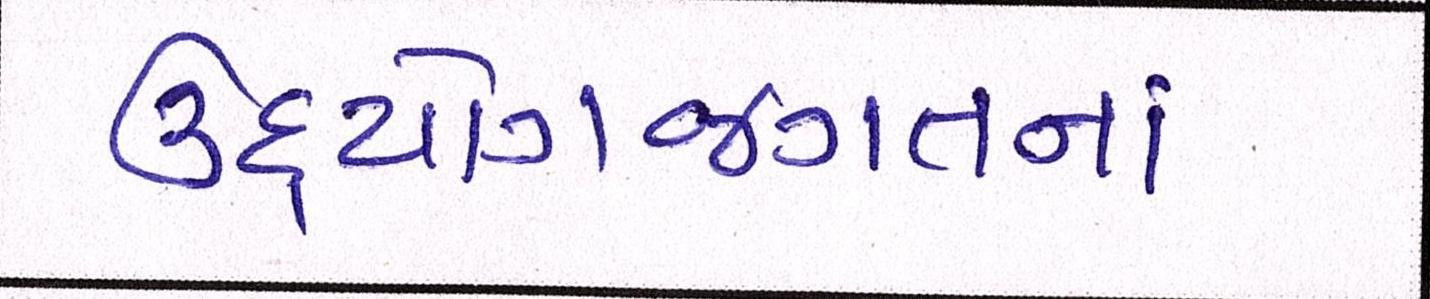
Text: ઉદ્યોગજગતનાં